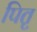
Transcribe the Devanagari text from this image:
पितृ